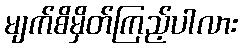
မျက်စိမှိတ်ကြည့်ပါလား